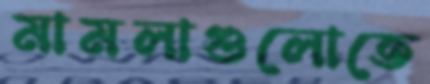
মামলাগুলোতে